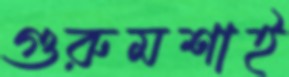
গুরুমশাই